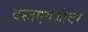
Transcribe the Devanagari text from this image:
दस्तएवजांवर